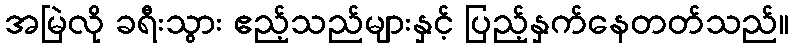
အမြဲလို ခရီးသွား ဧည့်သည်များနှင့် ပြည့်နှက်နေတတ်သည်။